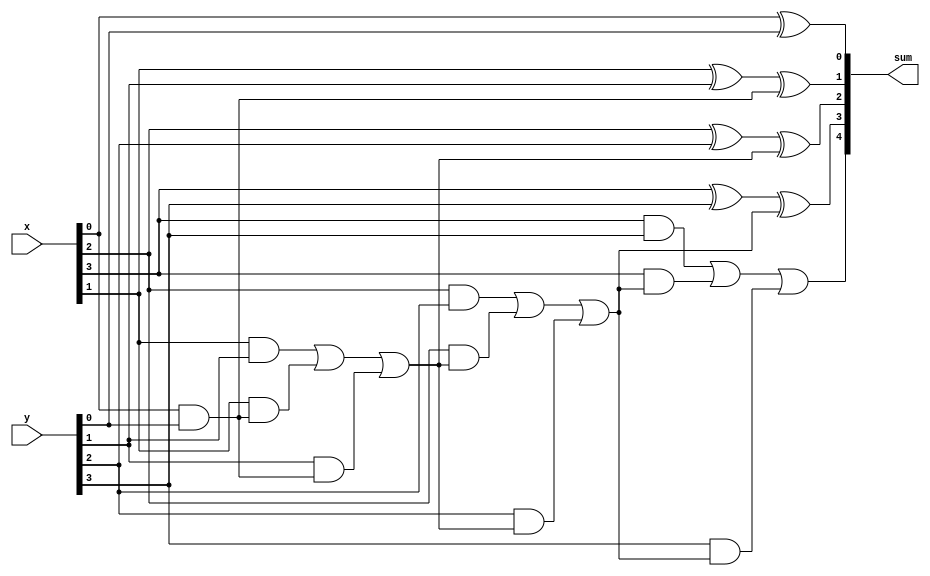
module top_module (
    input [3:0] x,
    input [3:0] y, 
    output reg [4:0] sum
);

integer i;
reg [3:0] cout;

always @(*) begin
    sum[0] = x[0] ^ y[0];
    cout[0] = x[0] & y[0];
    for (i = 1; i < 4; i = i+1) begin
        sum[i] = x[i] ^ y[i] ^ cout[i-1];
        cout[i] = x[i] & y[i] | x[i] & cout[i-1] | y[i] & cout[i-1]; 
    end
    sum[4] = cout[3];
end

// This circuit is a 4-bit ripple-carry adder with carry-out.
	// assign sum = x+y;	// Verilog addition automatically produces the carry-out bit.

	// Verilog quirk: Even though the value of (x+y) includes the carry-out, (x+y) is still considered to be a 4-bit number (The max width of the two operands).
	// This is correct:
	// assign sum = (x+y);
	// But this is incorrect:
	// assign sum = {x+y};	// Concatenation operator: This discards the carry-out

endmodule